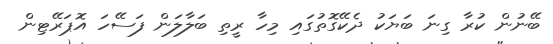
ބޭނުން ކުރާ ގިނަ ބަޔަކު ދެކޭގޮތުގައި މިހާ ރީތި ބަލާލަން ފަސޭހަ އޮޕަރޭޓިން